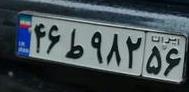
۴۶ط۹۸۲۵۶